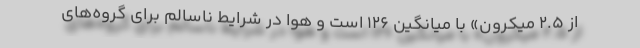
از ۲.۵ میکرون» با میانگین ۱۲۶ است و هوا در شرایط ناسالم برای گروه‌های